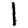
Digit: 1